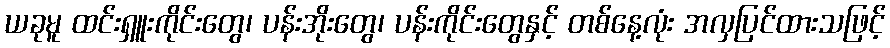
ယခုမူ ထင်းရှူးကိုင်းတွေ၊ ပန်းအိုးတွေ၊ ပန်းကိုင်းတွေနှင့် တစ်နေ့လုံး အလှပြင်ထားသဖြင့်